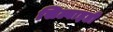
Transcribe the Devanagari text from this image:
सिल्वाइडी